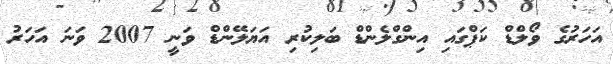
އަހަރުގެ ވޯލްޑް ކަޕްގައި އިންގްލެންޑް ބަލިކުރި އަޔަލޭންޑް ވަނީ 2007 ވަނަ އަހަރު